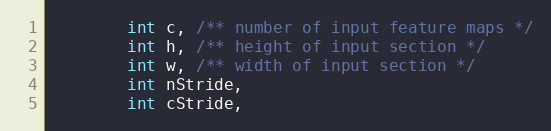
Language: Java
        int c, /** number of input feature maps */
        int h, /** height of input section */
        int w, /** width of input section */
        int nStride,
        int cStride,